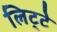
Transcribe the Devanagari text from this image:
लिट्‍टे